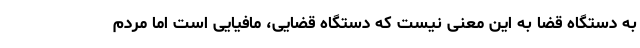
به دستگاه قضا به این معنی نیست که دستگاه قضایی، مافیایی است اما مردم